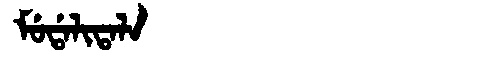
Manchu: ᠮᡠᡩᠠᠯᡳᡨᠠᠯᠠ
Romanization: MUDALITALA